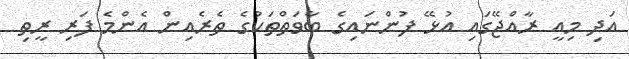
އަދި މިއީ ރާއްޖޭގައި އުޅޭ ފުންނައިގެ ބާވަތްތަކުގެ ތެރެއިން އެންމެ ފަރި ރީތި